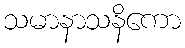
သမာနာသနိကော